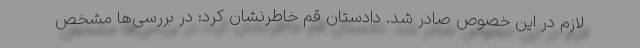
لازم در این خصوص صادر شد. دادستان قم خاطرنشان کرد: در بررسی‌ها مشخص